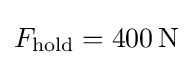
F_{\text{hold}}=400\,\mathrm {N}